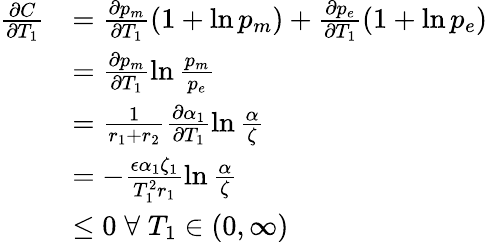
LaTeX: \begin{array}{rl}{\frac{\partial C}{\partial T_{1}}}&{=\frac{\partial p_{m}}{\partial T_{1}}(1+\ln p_{m})+\frac{\partial p_{e}}{\partial T_{1}}(1+\ln p_{e})}\\ &{=\frac{\partial p_{m}}{\partial T_{1}}\ln\frac{p_{m}}{p_{e}}}\\ &{=\frac{1}{r_{1}+r_{2}}\frac{\partial\alpha_{1}}{\partial T_{1}}\ln\frac{\alpha}{\zeta}}\\ &{=-\frac{\epsilon\alpha_{1}\zeta_{1}}{T_{1}^{2}r_{1}}\ln\frac{\alpha}{\zeta}}\\ &{\leq 0\; \forall\; T_{1}\in(0,\infty)}\end{array}